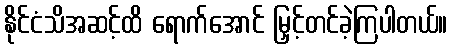
နိုင်ငံသိအဆင့်ထိ ရောက်အောင် မြှင့်တင်ခဲ့ကြပါတယ်။